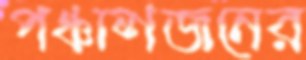
পঞ্চাশজনের